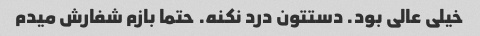
خیلی عالی بود. دستتون درد نکنه. حتما بازم شفارش میدم